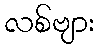
လစ်ဗျား